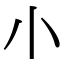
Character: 𡭔